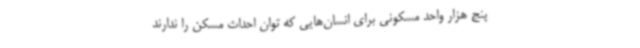
پنج هزار واحد مسکونی برای انسان‌هایی که توان احداث مسکن را ندارند